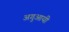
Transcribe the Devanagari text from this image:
अगुआयी